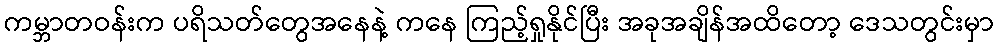
ကမ္ဘာတဝန်းက ပရိသတ်တွေအနေနဲ့ ကနေ ကြည့်ရှုနိုင်ပြီး အခုအချိန်အထိတော့ ဒေသတွင်းမှာ